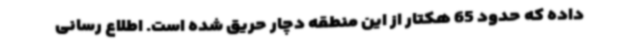
داده که حدود 65 هکتار از این منطقه دچار حریق شده است. اطلاع رسانی